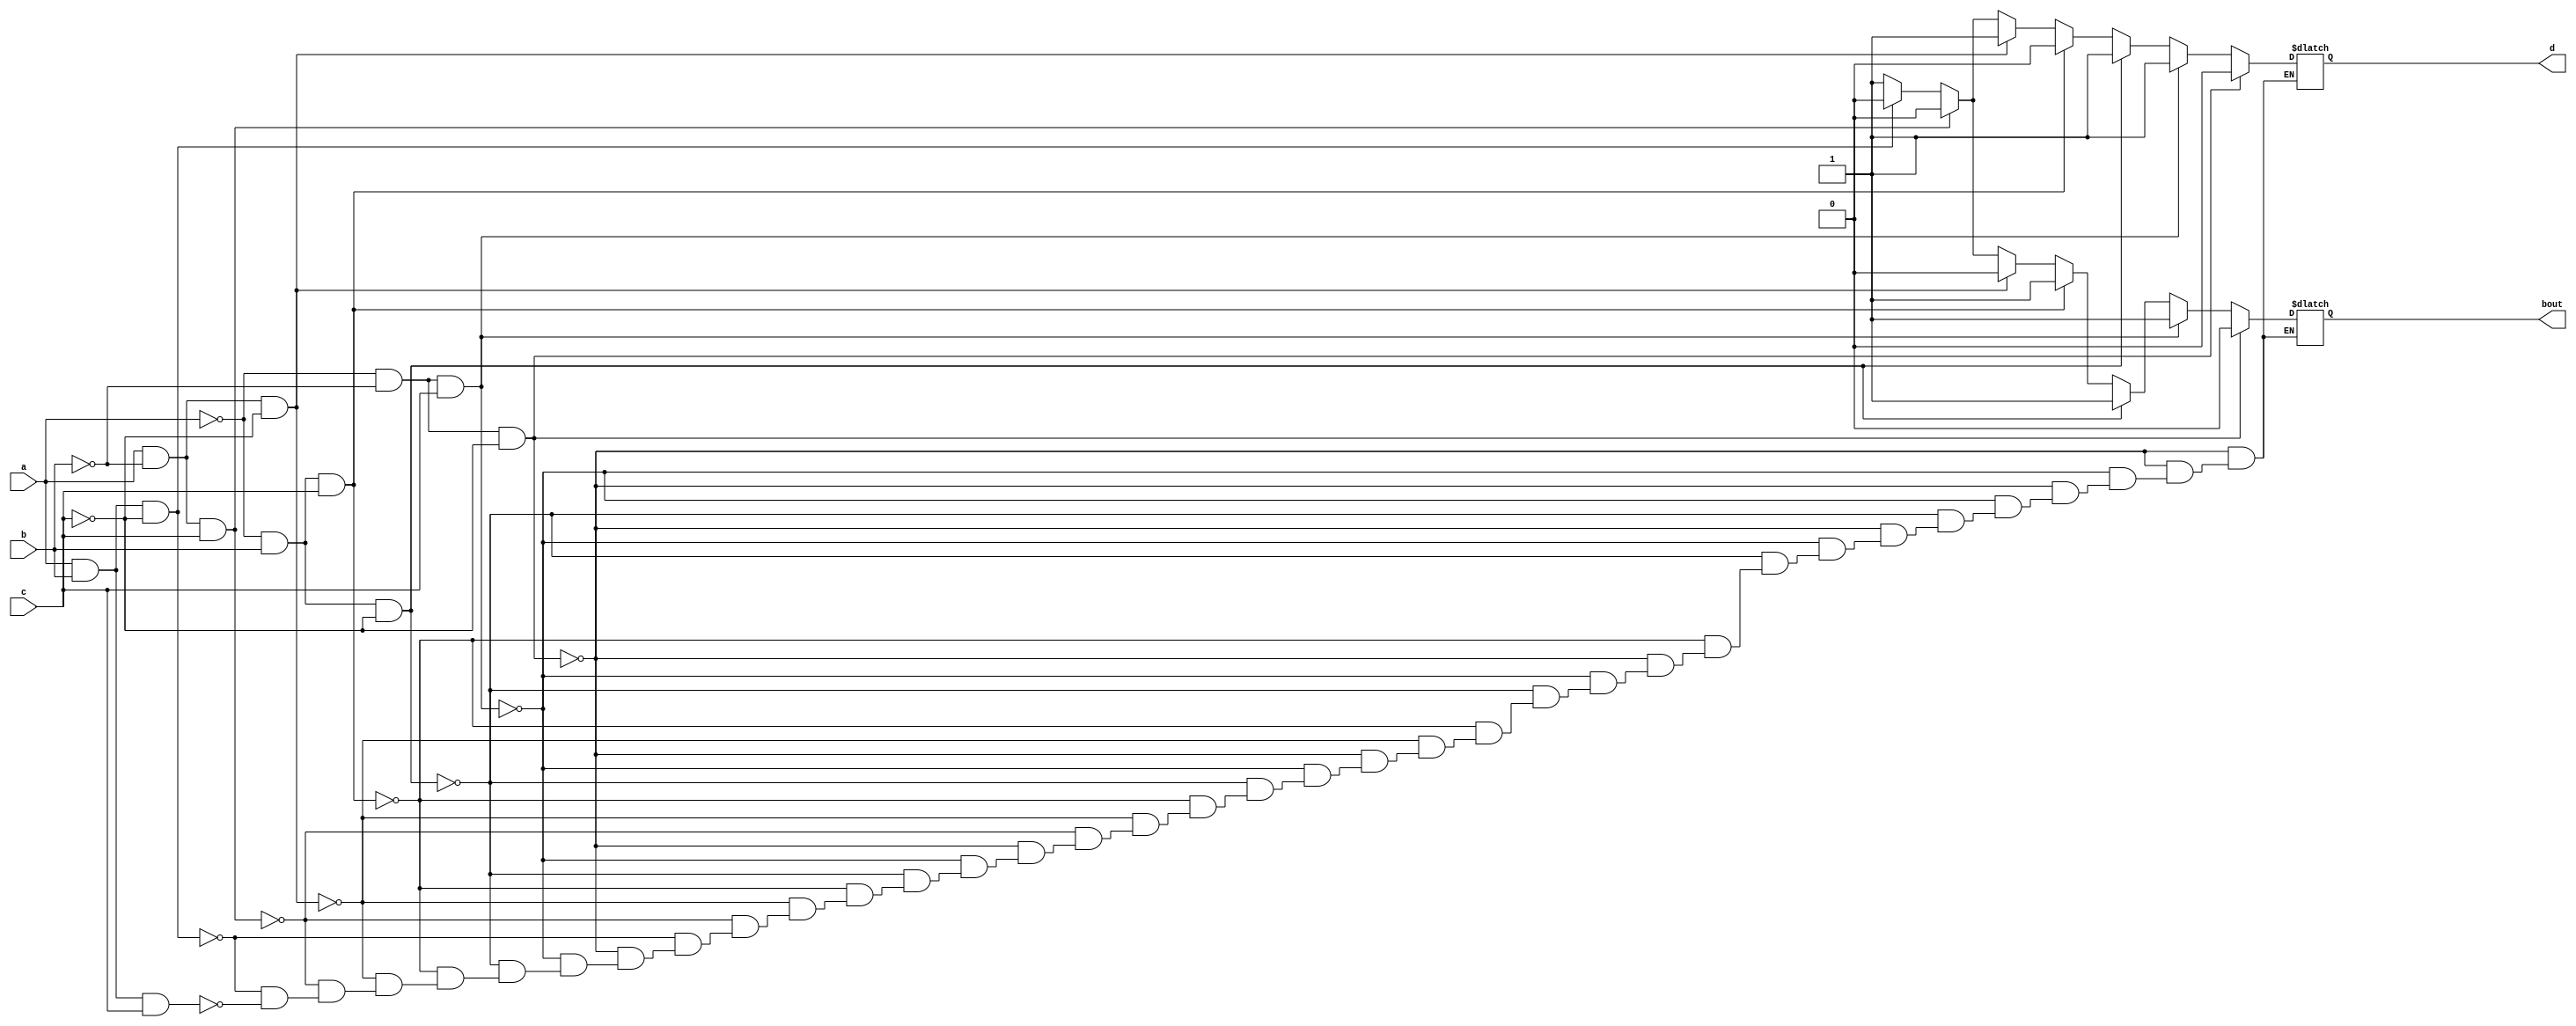
`timescale 1ns / 1ps
//////////////////////////////////////////////////////////////////////////////////
// Company: 
// Engineer: 
// 
// Design Name: 
// Module Name:    fullsubtracotr_bh 
// Project Name: 
// Target Devices: 
// Tool versions: 
// Description: 
//
// Dependencies: 
//
// Revision: 
// Revision 0.01 - File Created
// Additional Comments: 
//
//////////////////////////////////////////////////////////////////////////////////
module fullsubtracotr_bh(
    input a,b,c,
    output reg d,bout
    );
	 always@(*)
	 begin
if (a==0&&b==0&&c==0)begin
d=1'b0;bout=1'b0; end
else if (a==0&&b==0&&c==1)begin
d=1'b1;bout=1'b1; end
else if (a==0&&b==1&&c==0)begin
d=1'b1;bout=1'b1; end
else if (a==0&&b==1&&c==1)begin
d=1'b0;bout=1'b1; end
else if (a==1&&b==0&&c==0)begin
d=1'b1;bout=1'b0; end
else if (a==1&&b==0&&c==1)begin
d=1'b0;bout=1'b0; end
else if (a==1&&b==1&&c==0)begin
d=1'b0;bout=1'b0; end
else if (a==1&&b==1&&c==1)begin
d=1'b1;bout=1'b1; end

end
endmodule